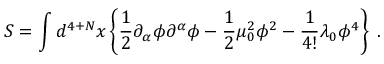
{ \cal S } = \int d ^ { 4 + N } x \left\{ \frac { 1 } { 2 } \partial _ { \alpha } \phi \partial ^ { \alpha } \phi - \frac { 1 } { 2 } \mu _ { 0 } ^ { 2 } \phi ^ { 2 } - \frac { 1 } { 4 ! } \lambda _ { 0 } \phi ^ { 4 } \right\} \; .